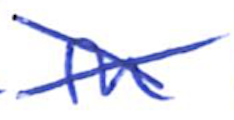
Text: in
Cross-out: cross
Writing tool: ballpoint